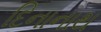
દિનાનાથ